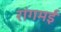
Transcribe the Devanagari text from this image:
रांगमई